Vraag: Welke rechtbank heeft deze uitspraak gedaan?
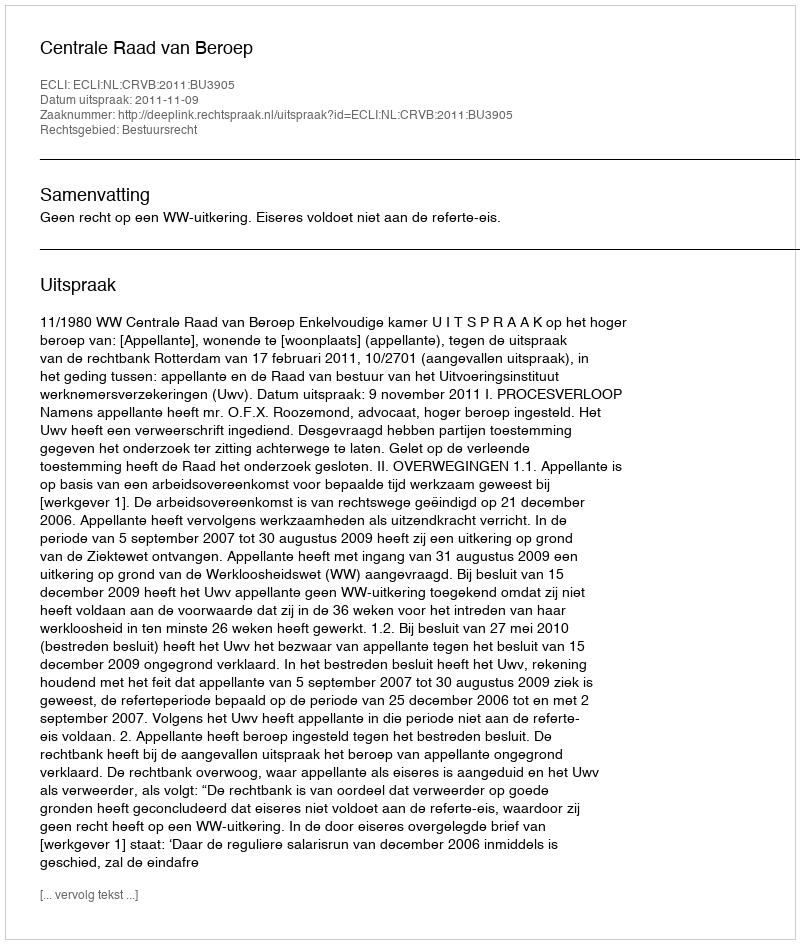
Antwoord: Centrale Raad van Beroep